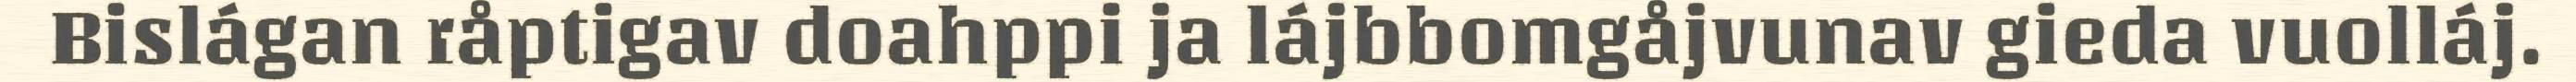
Bislágan råptigav doahppi ja lájbbomgåjvunav gieda vuolláj.